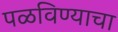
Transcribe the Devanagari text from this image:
पळविण्याचा